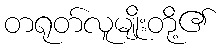
တရုတ်လူမျိုးတို့၏